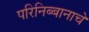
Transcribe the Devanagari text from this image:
परिनिब्बानाचे